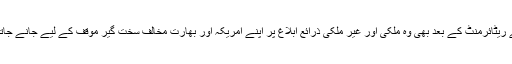
فوج سے ریٹائرمنٹ کے بعد بھی وہ ملکی اور غیر ملکی ذرائع ابلاغ پر اپنے امریکہ اور بھارت مخالف سخت گیر موقف کے لیے جانے جاتے تھے۔